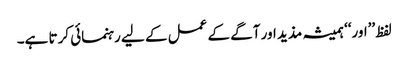
لفظ ’’اور‘‘ ہمیشہ مذید اور آگے کے عمل کے لیے رہنمائی کرتا ہے۔